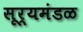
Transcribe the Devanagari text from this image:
सूर्यमंडळ